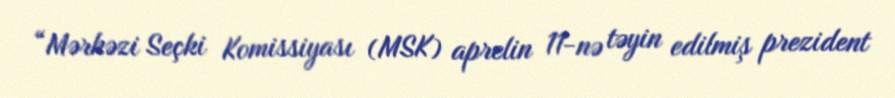
“Mərkəzi Seçki Komissiyası (MSK) aprelin 11-nə təyin edilmiş prezident